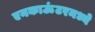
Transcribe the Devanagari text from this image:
एनकाऊंटरमध्ये